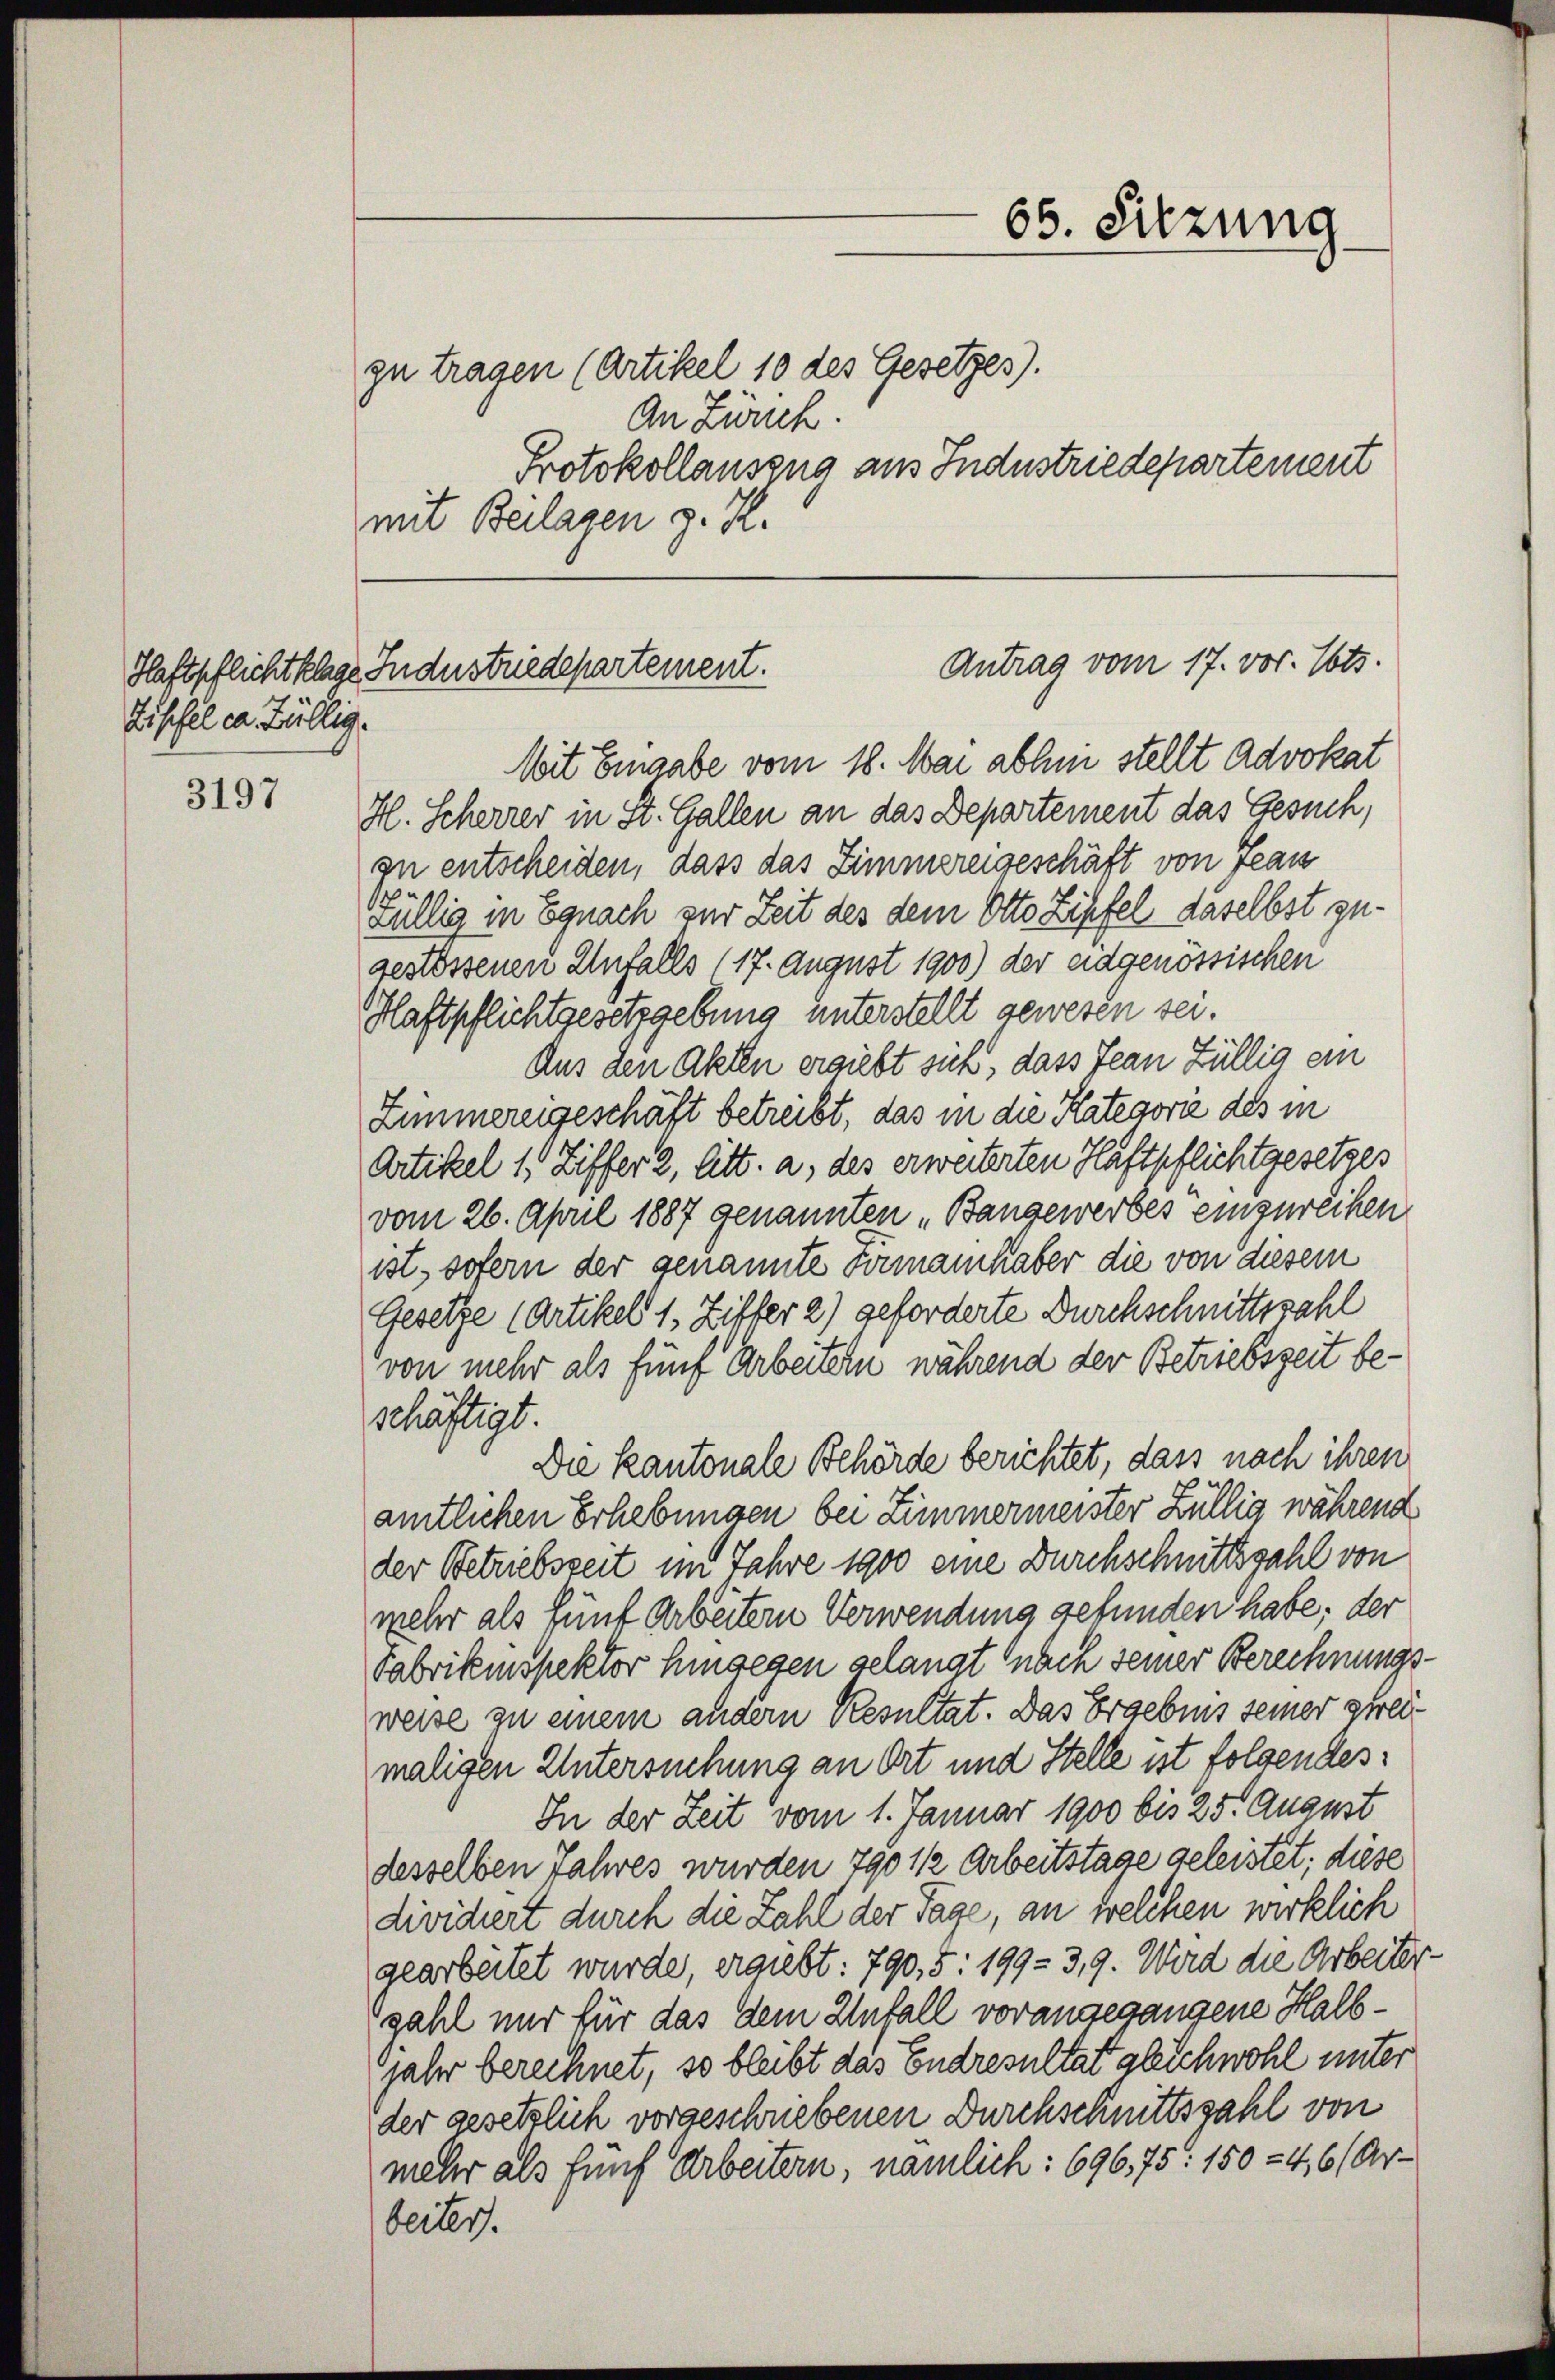
Zischel in Züllig.

3197

zu tragen (Artikel 10 des Gesetzes).
An Zürch.
Protokollauszug aus Industriedepartement
mit Beilagen z. R.

65. Sitzung

Mit Eingabe vom 18. Mai abhini stellt Advokat
H. Scherrer in St. Gallen an das Departement das Gesuch,
zu entscheiden, dass das Zimmereigeschäft von Jean
fällig in Egnach zur Zeit des dem Otto Zipfel daselbst zugestossenen Anfalls 117. August 1900) der eidgenössischen
Haftpflichtgesetzgebung unterstellt gewesen sei.
Aus den Akten ergiebt sich, dass Jean Züllig ein
Zimmereigeschäft betreibt, das in die Kategorie des in
Artikel 1 Ziffer 2, litt. a, des erweiterten Haftpflichtgesetzes
vom 26. April 1887 genannten „Bangewerbes einzureihen
ist, sofern der genannte Firmannhaber die von diesem
Gesetze (Artikel 1, Ziffer 2) geforderte Durchschnittszahl
von mehr als fünf Arbeitern während der Betriebszeit beschäftigt.
Die kantonale Behörde berichtet, dass nach ihren
amtlichen Erhebungen bei Zimmermeister Züllig während
der Betriebszeit im Jahre 1900 eine Durchschnittszahl von
mehr als fünf Arbeitern Verwendung gefunden habe; der
Fabrikinspektor hingegen gelangt nach seiner Berechnungs-
weise zu einem andern Resultat. Das Ergebnis seiner zweimaligen Untersuchung an Ort und Stelle ist folgendes¬
In der Zeit vom 1. Januar 1900 bis 25. August
desselben Jahres wurden 790 1/2 Arbeitstage geleistet; diese
dividiert durch die Zahl der Tage, an welchen wirklich
gearbeitet wurde, ergiebt: 790, 5: 199-3,9. Wird die Arbeiter
gahl nur für das dem Unfall vorangegangene Halbjahr berechnet, so bleibt das Endresultat gleichwohl unter
der gesetzlich vorgeschriebenen Durchschnittszahl von
mehr als Fünf Arbeitern, nämlich: 696,75: 150 - 4,6/ Arbeiter.

Antrag vom 17. vor. Mts.
Haftpflicht klage Industriedepartement.